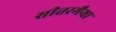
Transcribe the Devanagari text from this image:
सीतरमैया